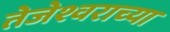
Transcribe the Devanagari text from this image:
तेजेश्वराच्या